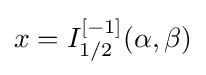
x=I_{1/2}^{[-1]}(\alpha ,\beta )